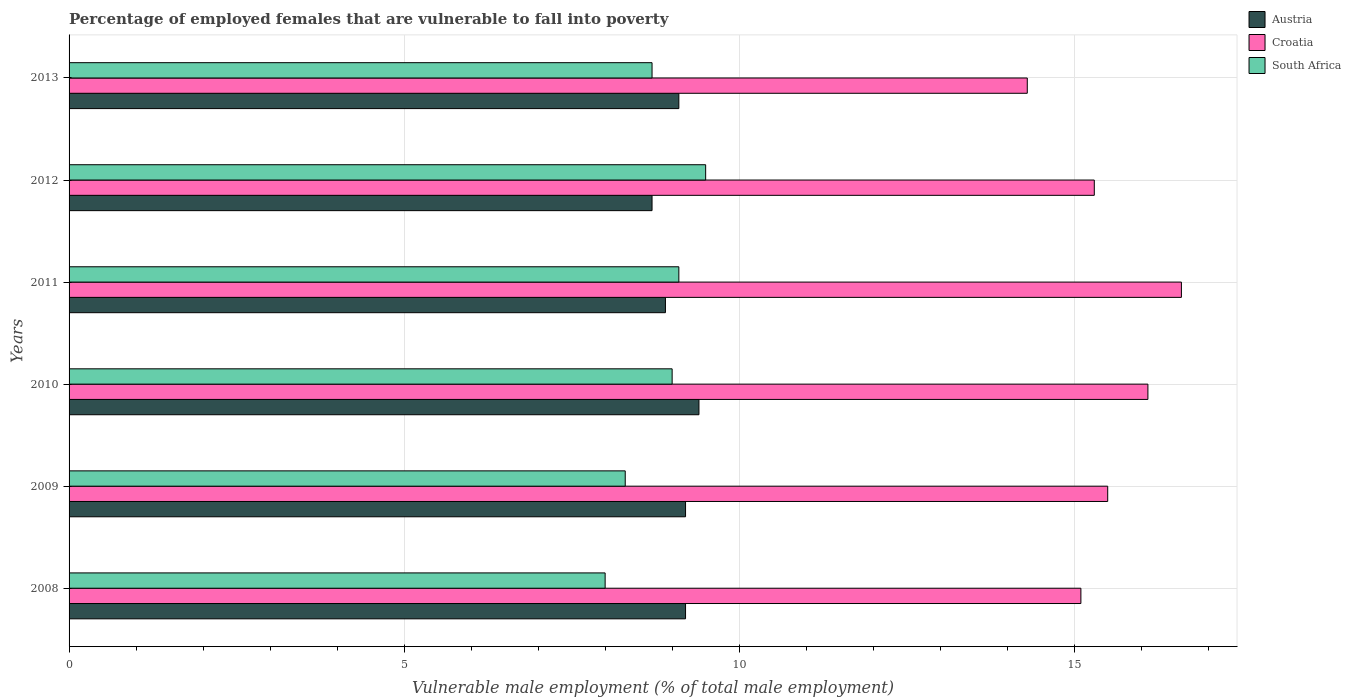
| Years | Austria | Croatia | South Africa |
 | --- | --- | --- | --- |
 | 2008 | 9.2 | 15.1 | 8 |
 | 2009 | 9.2 | 15.5 | 8.3 |
 | 2010 | 9.4 | 16.1 | 9 |
 | 2011 | 8.9 | 16.6 | 9.1 |
 | 2012 | 8.7 | 15.3 | 9.5 |
 | 2013 | 9.1 | 14.3 | 8.7 |